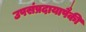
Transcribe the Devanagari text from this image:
उपसंप्रदायापैकी